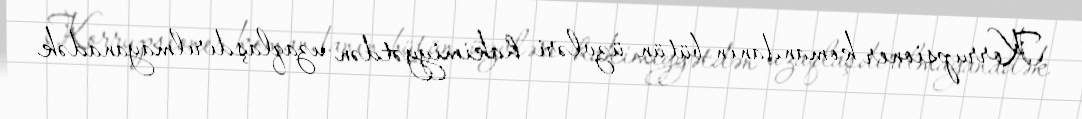
Korrupsioner komandanın bütün üzvləri hakimiyyətdən uzaqlaşdırılmayanadək